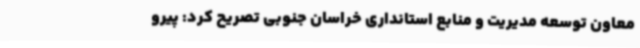
معاون توسعه مدیریت و منابع استانداری خراسان جنوبی تصریح کرد: پیرو